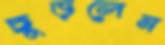
ছুড়লেন